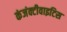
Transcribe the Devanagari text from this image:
कंजंक्टीवाइटिस